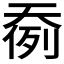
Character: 𱘷